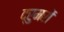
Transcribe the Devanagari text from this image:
द्रुमरों